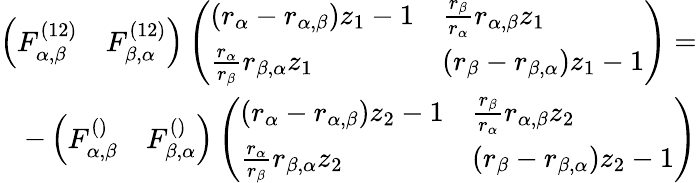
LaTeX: \begin{array}{r}{\left(\begin{array}{ll}{F_{\alpha,\beta}^{(12)}}&{F_{\beta,\alpha}^{(12)}}\end{array}\right)\left(\begin{array}{ll}{(r_{\alpha}-r_{\alpha,\beta})z_{1}-1}&{\frac{r_{\beta}}{r_{\alpha}}r_{\alpha,\beta}z_{1}}\\ {\frac{r_{\alpha}}{r_{\beta}}r_{\beta,\alpha}z_{1}}&{(r_{\beta}-r_{\beta,\alpha})z_{1}-1}\end{array}\right)=}\\ {-\left(\begin{array}{ll}{F_{\alpha,\beta}^{()}}&{F_{\beta,\alpha}^{()}}\end{array}\right)\left(\begin{array}{ll}{(r_{\alpha}-r_{\alpha,\beta})z_{2}-1}&{\frac{r_{\beta}}{r_{\alpha}}r_{\alpha,\beta}z_{2}}\\ {\frac{r_{\alpha}}{r_{\beta}}r_{\beta,\alpha}z_{2}}&{(r_{\beta}-r_{\beta,\alpha})z_{2}-1}\end{array}\right)}\end{array}